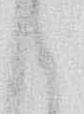
候